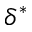
\delta ^ { * }